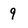
Character: 9